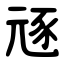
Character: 㒮